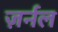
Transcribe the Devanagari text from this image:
ज़र्नल